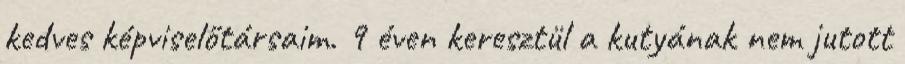
kedves képviselőtársaim. 9 éven keresztül a kutyának nem jutott